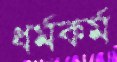
ধর্মকর্ম